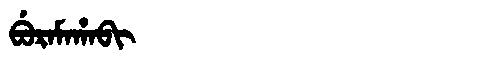
Manchu: ᠪᡠᡵᠠᠮᠠᡥᠠᠪᡳ
Romanization: BURAMAHABI